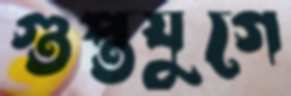
গুপ্তযুগে